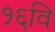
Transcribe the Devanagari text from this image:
१६वि